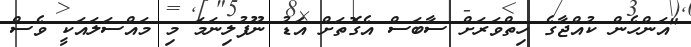
"އަންހެން ކުއްޖާގެ ހިތްވަރަށް ސާބަސް އެގޮތަށް އަޑު ނޫފުލިނަމަ މި މައްސަލައަކީ ވެސް